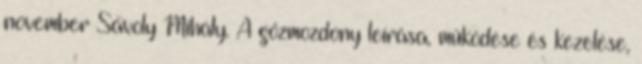
november Sávoly Mihály. A gőzmozdony leírása, működése és kezelése,